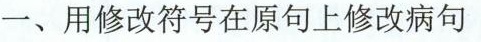
一、用修改符号在原句上修改病句